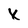
Character: X